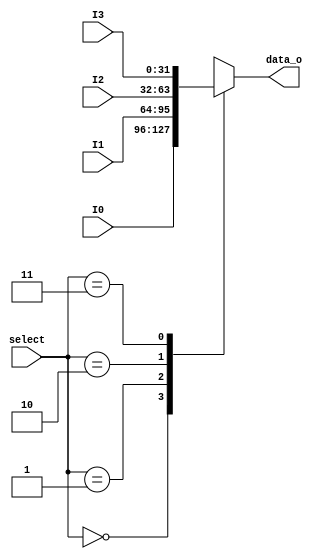
/* Mdulo que representa um multiplexador geral de 4 entradas de 32-bits e uma sada de 32-bits */
module mux4to1 (
  input [1:0] select, // seletor do multiplexador
  input [31:0] I0, I1, I2, I3, // entradas
  output [31:0] data_o // sada
);

  reg [31:0] data_o_r; // reg para ser utilizado no bloco always

  always @(*) begin
    case (select)
      2'd0: data_o_r = I0; // caso o seletor for 00, I0 deve passar para a sada
      2'd1: data_o_r = I1; // caso o seletor for 01, I1 deve passar para a sada
      2'd2: data_o_r = I2; // caso o seletor for 10, I2 deve passar para a sada
      2'd3: data_o_r = I3; // caso o seletor for 11, I3 deve passar para a sada
    endcase
  end
  assign data_o = data_o_r;

endmodule